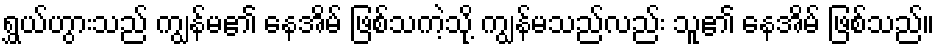
ရွှယ်ဟွားသည် ကျွန်မ၏ နေအိမ် ဖြစ်သကဲ့သို့ ကျွန်မသည်လည်း သူ၏ နေအိမ် ဖြစ်သည်။